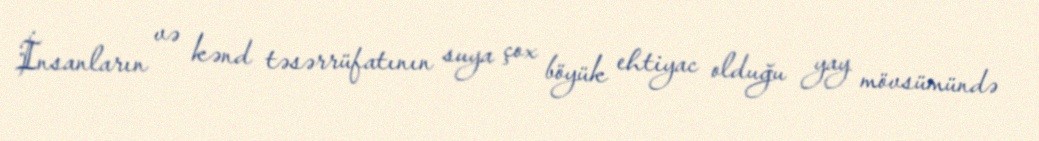
İnsanların və kənd təsərrüfatının suya çox böyük ehtiyac olduğu yay mövsümündə